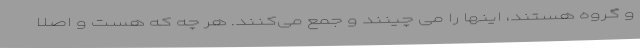
و گروه هستند، اینها را می چینند و جمع می‌کنند. هر چه که هست و اصلاً